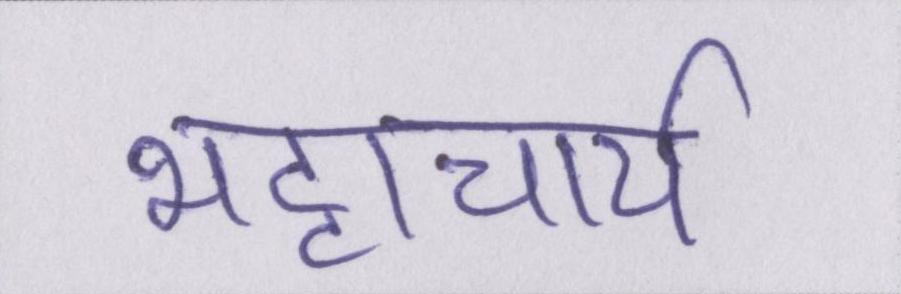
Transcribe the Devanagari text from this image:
भट्टाचार्य